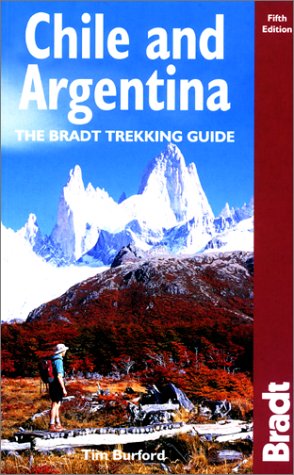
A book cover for Chile & Argentina, 5th: The Bradt Trekking Guide; Tim Burford; Travel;